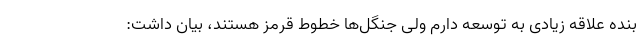
بنده علاقه زیادی به توسعه دارم ولی جنگل‌ها خطوط قرمز هستند، بیان داشت: